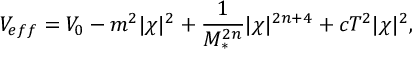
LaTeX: V _ { e f f } = V _ { 0 } - m ^ { 2 } | \chi | ^ { 2 } + \frac { 1 } { M _ { * } ^ { 2 n } } | \chi | ^ { 2 n + 4 } + c T ^ { 2 } | \chi | ^ { 2 } ,